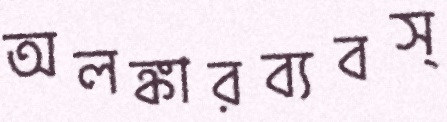
অলঙ্কারব্যবস্